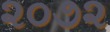
૨૦૭૨